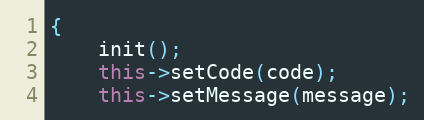
Language: C++
{
	init();
	this->setCode(code);
	this->setMessage(message);